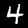
Digit: 4